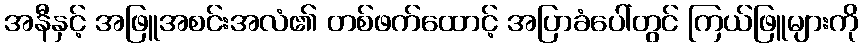
အနီနှင့် အဖြူအစင်းအလံ၏ တစ်ဖက်ထောင့် အပြာခံပေါ်တွင် ကြယ်ဖြူများကို